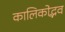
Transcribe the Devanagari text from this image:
कालिकोद्भव